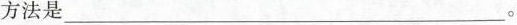
方法是___。